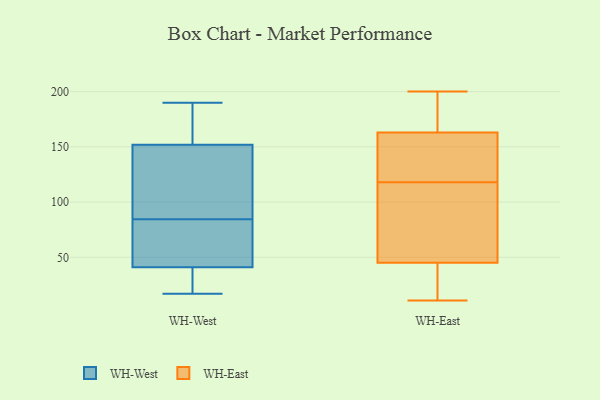
{"axis": {"x": "Production Output", "y": "Value"}, "legend": ["WH-East", "WH-West"], "data": [{"x": "", "y": 71, "type": "WH-West"}, {"x": "", "y": 24, "type": "WH-West"}, {"x": "", "y": 41, "type": "WH-West"}, {"x": "", "y": 20, "type": "WH-West"}, {"x": "", "y": 190, "type": "WH-West"}, {"x": "", "y": 98, "type": "WH-West"}, {"x": "", "y": 64, "type": "WH-West"}, {"x": "", "y": 151, "type": "WH-West"}, {"x": "", "y": 160, "type": "WH-West"}, {"x": "", "y": 45, "type": "WH-West"}, {"x": "", "y": 62, "type": "WH-West"}, {"x": "", "y": 152, "type": "WH-West"}, {"x": "", "y": 27, "type": "WH-West"}, {"x": "", "y": 108, "type": "WH-West"}, {"x": "", "y": 17, "type": "WH-West"}, {"x": "", "y": 132, "type": "WH-West"}, {"x": "", "y": 159, "type": "WH-West"}, {"x": "", "y": 157, "type": "WH-West"}, {"x": "", "y": 180, "type": "WH-East"}, {"x": "", "y": 163, "type": "WH-East"}, {"x": "", "y": 45, "type": "WH-East"}, {"x": "", "y": 200, "type": "WH-East"}, {"x": "", "y": 108, "type": "WH-East"}, {"x": "", "y": 163, "type": "WH-East"}, {"x": "", "y": 128, "type": "WH-East"}, {"x": "", "y": 52, "type": "WH-East"}, {"x": "", "y": 11, "type": "WH-East"}, {"x": "", "y": 77, "type": "WH-East"}, {"x": "", "y": 12, "type": "WH-East"}, {"x": "", "y": 196, "type": "WH-East"}, {"x": "", "y": 141, "type": "WH-East"}, {"x": "", "y": 32, "type": "WH-East"}]}